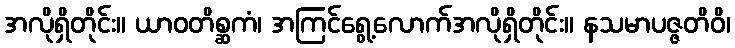
အလိုရှိတိုင်း။ ယာဝတိစ္ဆကံ၊ အကြင်ရွေ့လောက်အလိုရှိတိုင်း။ နသမာပဇ္ဇတိဝိ၊